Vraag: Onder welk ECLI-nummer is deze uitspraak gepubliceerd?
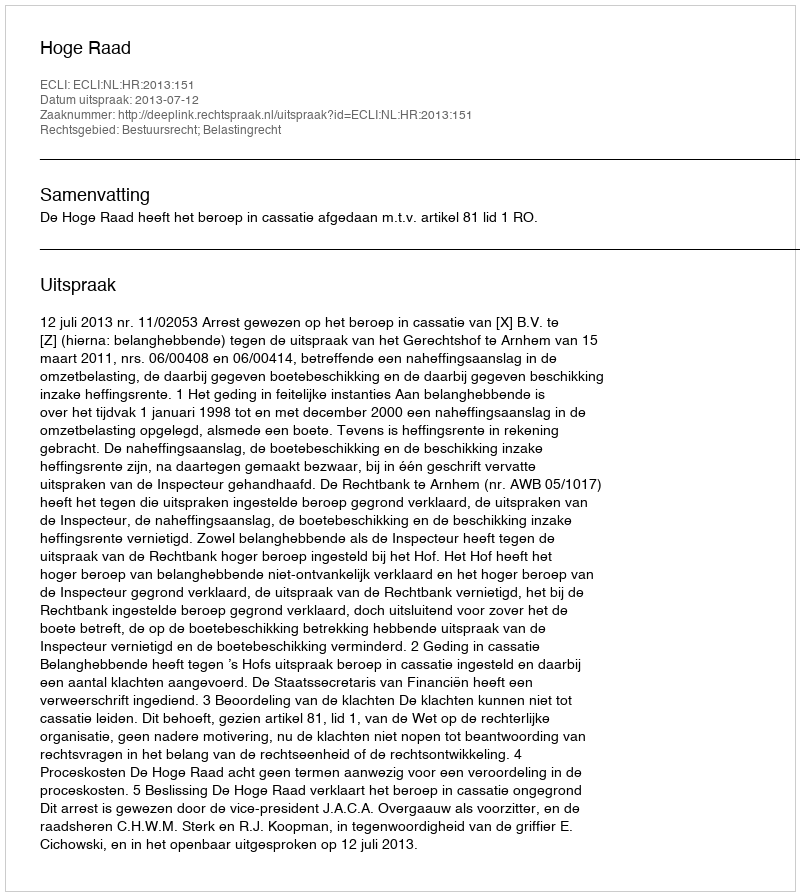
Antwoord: ECLI:NL:HR:2013:151